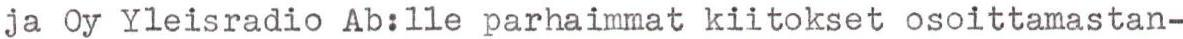
ja Oy Yleisradio Ab:lle parhaimmat kiitokset osoittamastan-